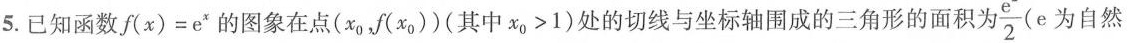
5.已知函数$$f ( x ) = e ^ { x }$$的图象在点(x_{0}，f(x_{0}))(其中$$x _ { 0 } > 1$$)处的切线与坐标轴围成的三角形的面积为\frac{e}{2}（e为自然